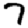
Digit: 7